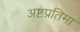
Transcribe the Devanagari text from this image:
अष्टप्रतिमा